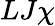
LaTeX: LJ\chi